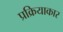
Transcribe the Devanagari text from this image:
प्रक्रियाकार